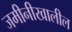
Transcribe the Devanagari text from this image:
जमीनीखालील